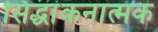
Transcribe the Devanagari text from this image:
सिद्धांकनात्मक